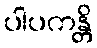
ပါပကန္တိ